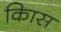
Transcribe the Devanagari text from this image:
किास